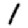
Digit: 1